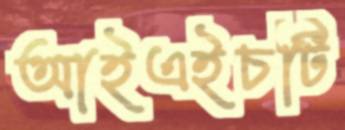
আইএইচটি